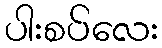
ပါးစပ်လေး